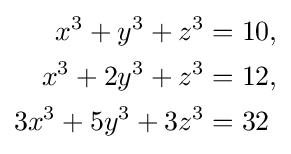
{\begin{aligned}x^{3}+y^{3}+z^{3}&=10,\\x^{3}+2y^{3}+z^{3}&=12,\\3x^{3}+5y^{3}+3z^{3}&=32\end{aligned}}